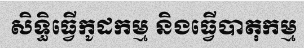
សិទ្ធិធ្វើកូដកម្ម និងធ្វើបាតុកម្ម